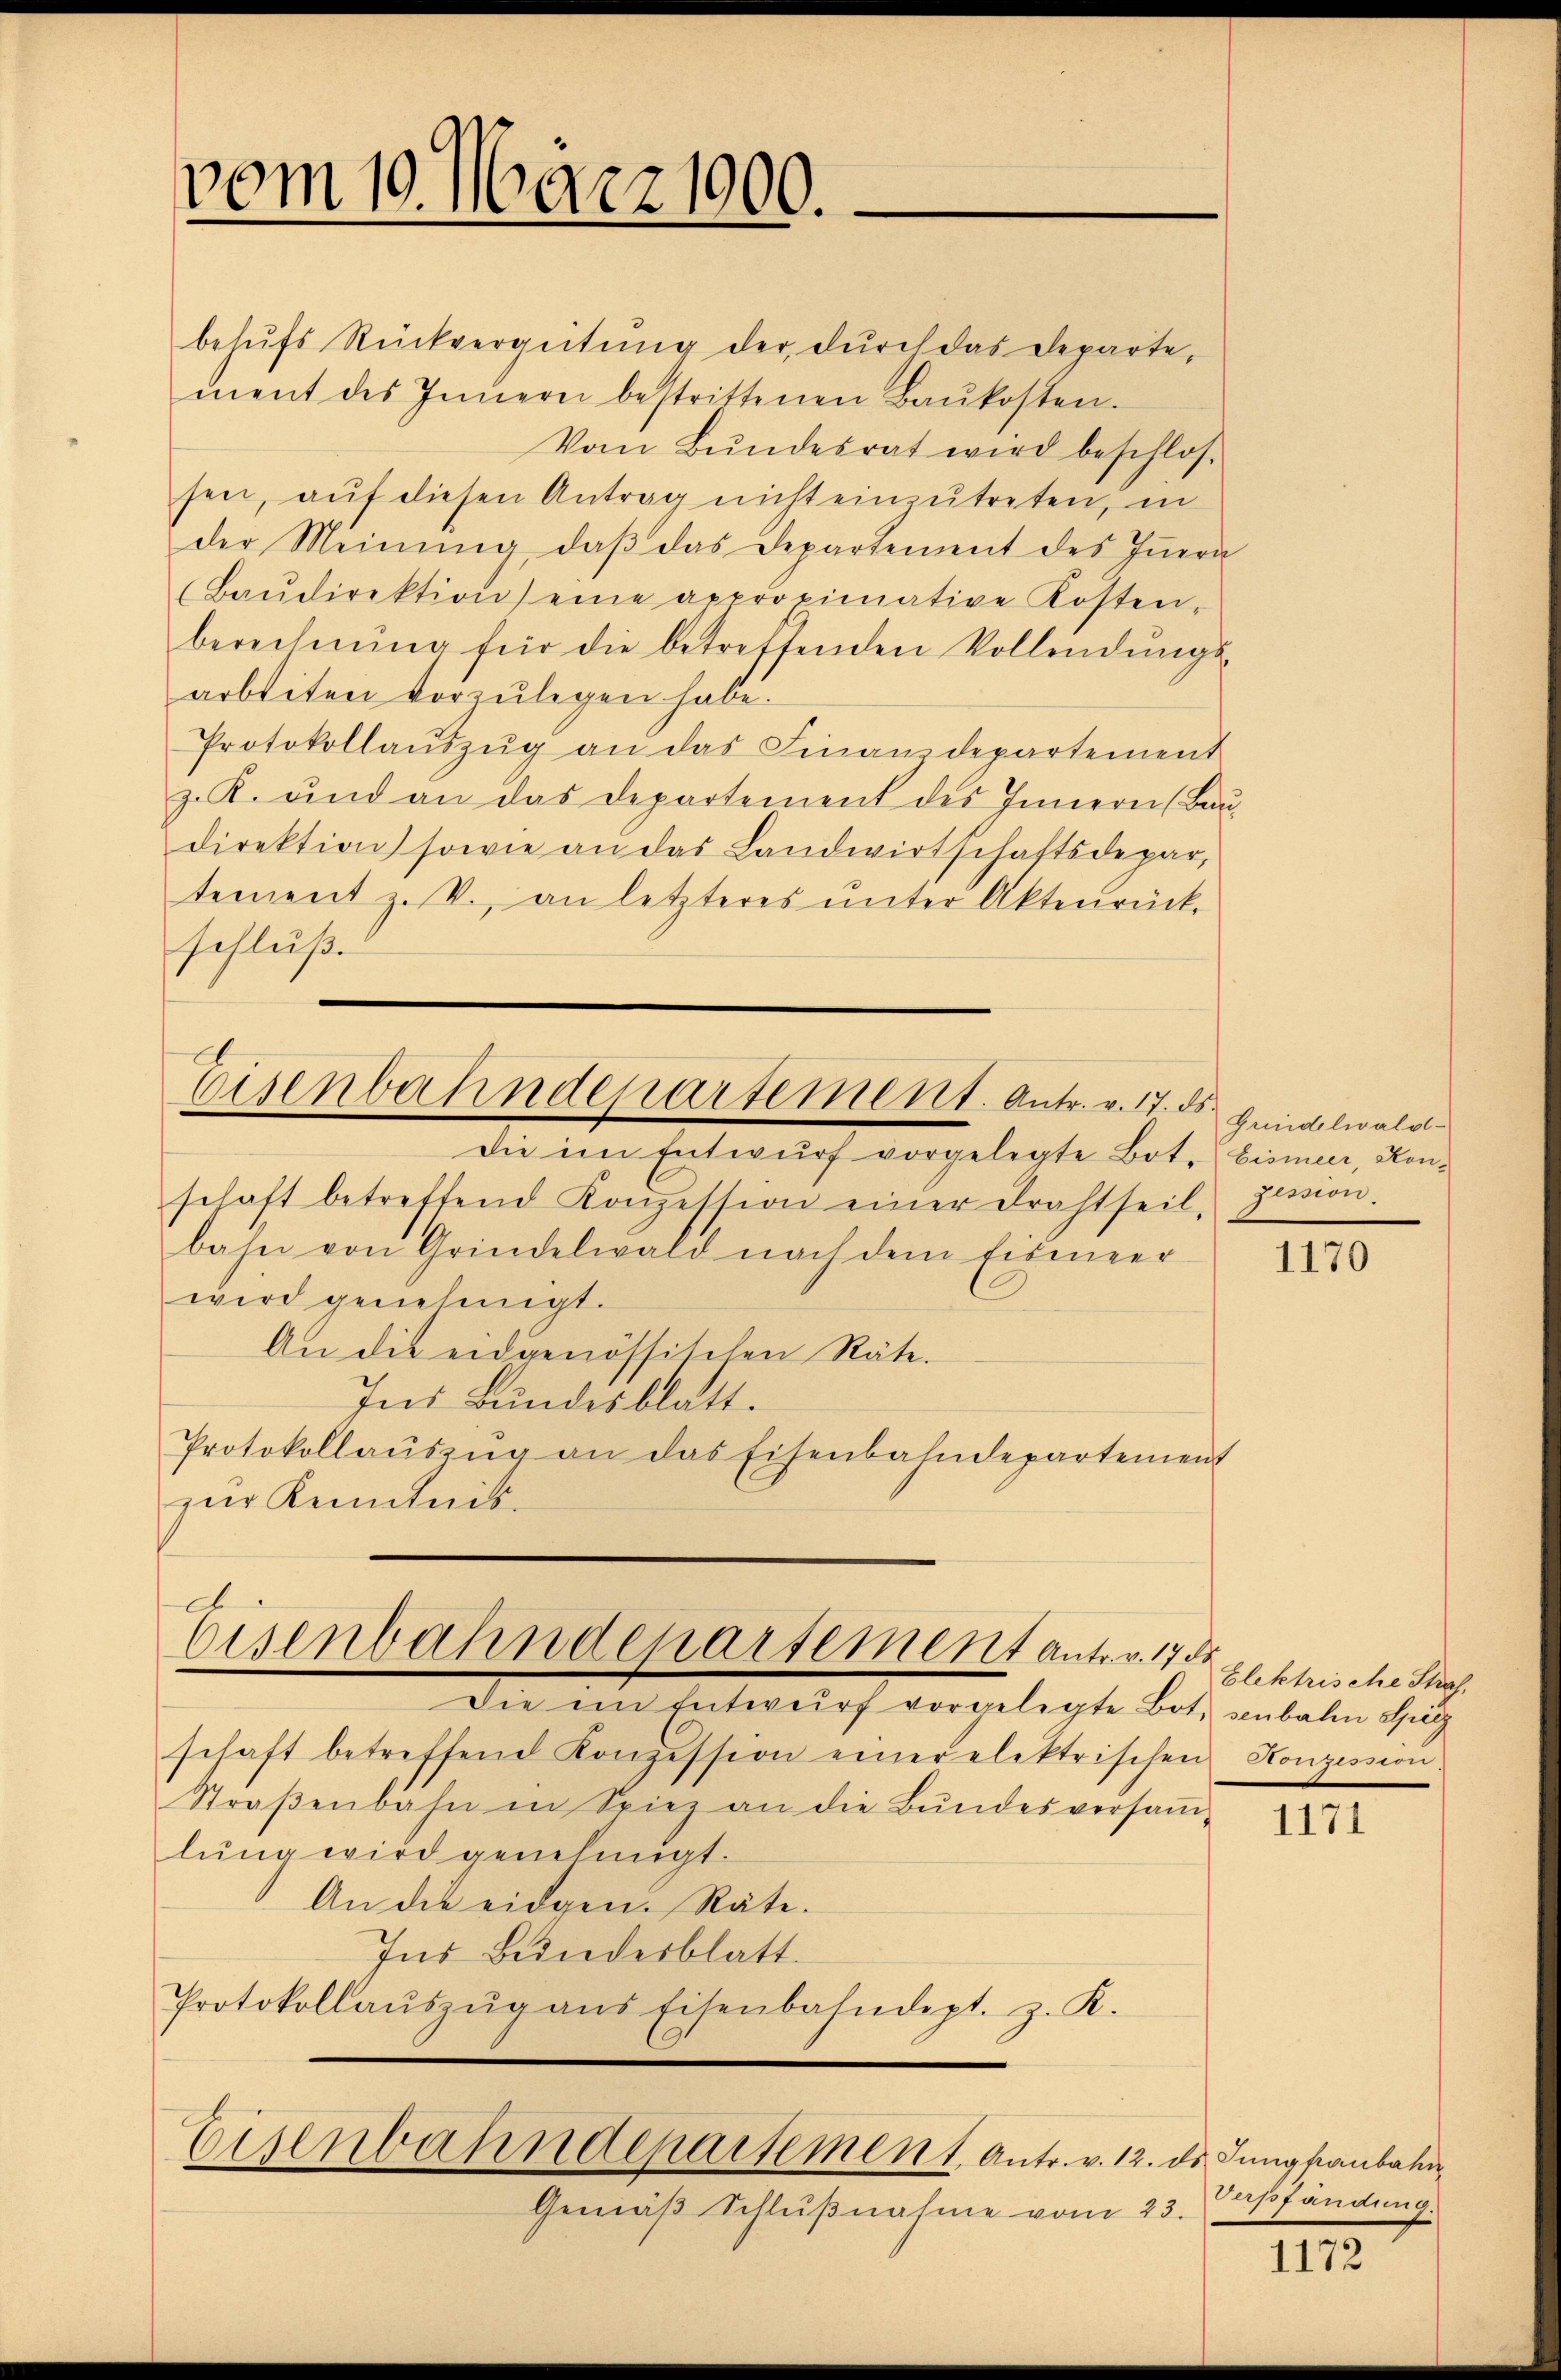
vom 10. März 1900.

behŭfs Rückvergütŭng der dŭrch das Departe,
ment des Innern bestrittenen Baŭkosten.
Vom Bundesrat wird beschlos
sen, auf diesen Antrag nicht einzutreten, in
der Meinŭng, daβ das Departement des Iṅern
Baŭdirektion) eine approximative Kosten,
berechnŭng für die betreffenden Vollendŭngs-
arbeiten vorzŭlegen habe.
Protokollaŭszŭg an das Finanzdepartement
z. K. und an das Departement des Innern Bau
direktion sowie an das Landwirtschaftsdepar
tement z. B. an letzteres ŭnter Akteŭrück-
schluß
Eisenbahndepartement. Antr. v. 17. ds. Heidelwall
die im Entwŭrf vorgelegte Bot. bismeer, Konschaft betreffend Konzession einer Drahtseil, Zession.
bahn von Grindelwald nach dem Eismeer
wird genehmigt.
An die eidgenössischen Räte.
Ins Bundesblatt.
Protokollauszug an das Eisenbahndepartement
zur Kenntnis-

Eisenbahndepartement antr. v. 178

Die in Entwŭrf vorgelegte Bot. senbalen Spitz
schaft betreffend Konzession einer elektrischen Konzession
Straβenbahn in Spiez an die Bŭndesversaṁ-
lung wird genehmigt.
An die eidgen. Räte.
Ins Bundesblatt.
Protokollaŭszŭg ans Eisenbahndept. z. K.
Eisenbahndepartement Antr. v. 12. ds Jungfanbahn

Gemäβ Schlußnahme vom 23.

1170

Elektrische Straf.

1171

Außfändung.

1172